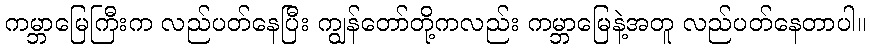
ကမ္ဘာမြေကြီးက လည်ပတ်နေပြီး ကျွန်တော်တို့ကလည်း ကမ္ဘာမြေနဲ့အတူ လည်ပတ်နေတာပါ။